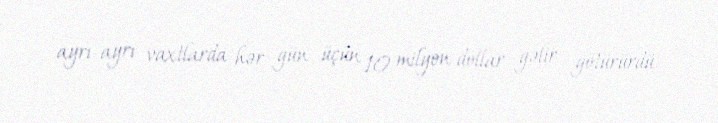
ayrı-ayrı vaxtlarda hər gün üçün 10 milyon dollar gəlir götürürdü.